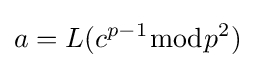
a=L(c^{p-1}{\bmod {p^{2}}})